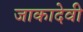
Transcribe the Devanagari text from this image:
जाकादेवी